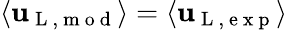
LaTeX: \langle\mathbf{u}_{\mathrm{{~L~,~m~o~d~}}}\rangle=\langle\mathbf{u}_{\mathrm{{~L~,~e~x~p~}}}\rangle